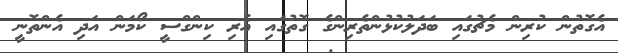
އެގޮތުން ކުރިން މެޗުގައި ބަދަލުކުޅުންތެރިންގެ ގޮތުގައި އެރި ކިންގްސީ ކޯމަން އަދި އެންތޮނީ